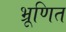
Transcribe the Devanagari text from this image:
भ्रूणित